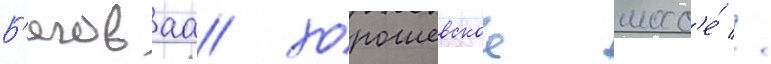
Б'еговаа/ хорошевское шосс'е́ //